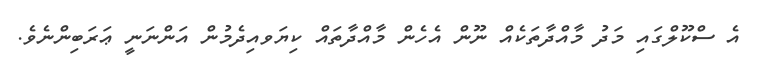
އެ ސްކޫލްގައި މަދު މާއްދާތަކެއް ނޫން އެހެން މާއްދާތައް ކިޔަވއިދެމުން އަންނަނީ ޢަރަބިންނެވެ.